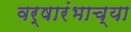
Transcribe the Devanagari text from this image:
वर्षारंभाच्या